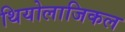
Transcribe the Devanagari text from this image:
थियोलाजिकल